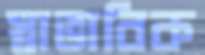
স্বাভাবিক